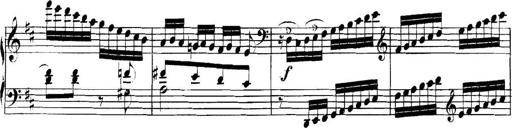
Title: Collected Piano Sonatas
Composer: Muzio Clementi